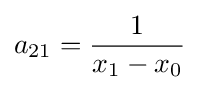
a_{21}={\frac {1}{x_{1}-x_{0}}}